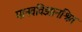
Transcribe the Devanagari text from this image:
मानवविज्ञानश्रित